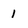
Character: I